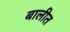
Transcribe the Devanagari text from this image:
बालीत